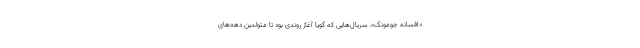
«افسانه جومونگ». سریال‌هایی که گویا آغاز روندی بود تا متولدین دهه‌های